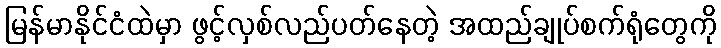
မြန်မာနိုင်ငံထဲမှာ ဖွင့်လှစ်လည်ပတ်နေတဲ့ အထည်ချုပ်စက်ရုံတွေကို